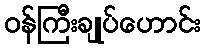
ဝန်ကြီးချုပ်ဟောင်း